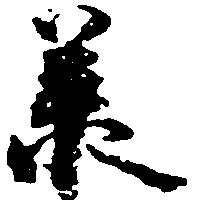
承